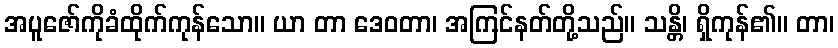
အပူဇော်ကိုခံထိုက်ကုန်သော။ ယာ တာ ဒေဝတာ၊ အကြင်နတ်တို့သည်။ သန္တိ၊ ရှိကုန်၏။ တာ၊